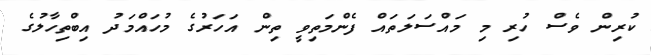
ކުރިން ވެސް ހުރި މި މައްސަލަތައް ފެންމަތިވީ ތިން އަހަރުގެ މުހައްމަދު އިބްތިހާލުގެ